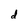
Character: d